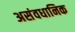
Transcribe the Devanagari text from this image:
असंवधानिक